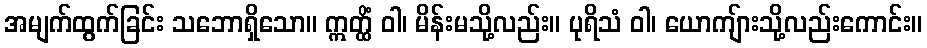
အမျက်ထွက်ခြင်း သဘောရှိသော။ ဣတ္ထိံ ဝါ၊ မိန်းမသို့လည်း။ ပုရိသံ ဝါ၊ ယောကျ်ားသို့လည်းကောင်း။